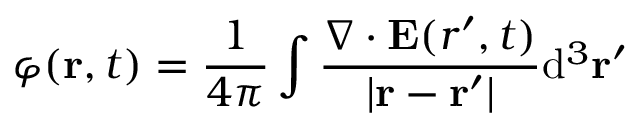
\varphi ( \mathbf { r } , t ) = { \frac { 1 } { 4 \pi } } \int { \frac { \nabla \cdot \mathbf { E } ( { r } ^ { \prime } , t ) } { | \mathbf { r } - \mathbf { r } ^ { \prime } | } } \mathrm { d } ^ { 3 } \mathbf { r } ^ { \prime }